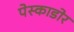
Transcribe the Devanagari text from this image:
पेस्काडोर